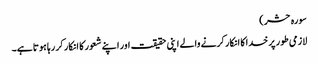
سورہ حشر )
لازمی طور پر خدا کا انکار کرنے والے اپنی حقیقت اور اپنے شعور کا انکار کر رہا ہوتا ہے۔